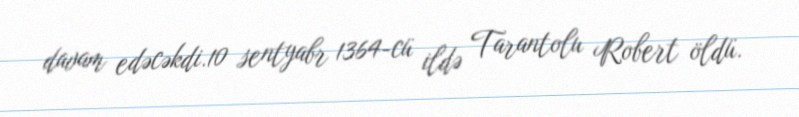
davam edəcəkdi.10 sentyabr 1364-cü ildə Tarantolu Robert öldü.